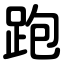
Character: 跑